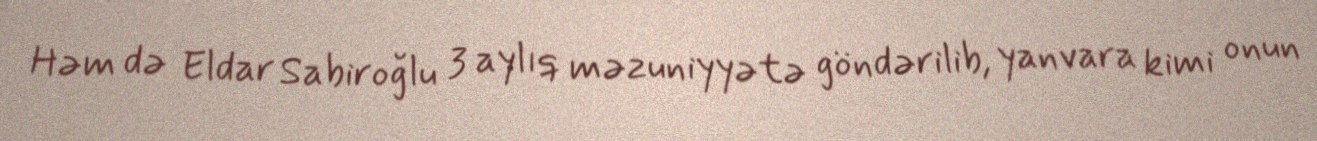
Həm də Eldar Sabiroğlu 3 aylıq məzuniyyətə göndərilib, yanvara kimi onun